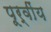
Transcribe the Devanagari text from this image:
पूर्वींय